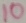
Text: 10